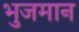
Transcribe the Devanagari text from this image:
भुजमान